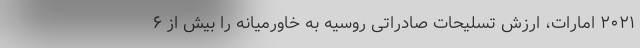
۲۰۲۱ امارات، ارزش تسلیحات صادراتی روسیه به خاورمیانه را بیش از ۶